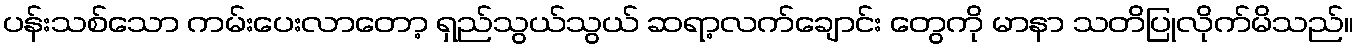
ပန်းသစ်သော ကမ်းပေးလာတော့ ရှည်သွယ်သွယ် ဆရာ့လက်ချောင်း တွေကို မာနာ သတိပြုလိုက်မိသည်။